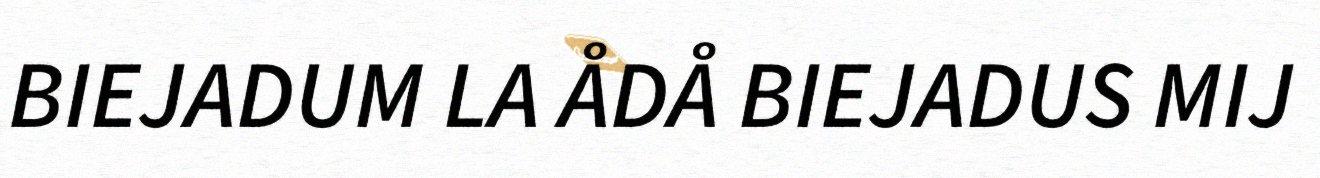
BIEJADUM LA ÅDÅ BIEJADUS MIJ